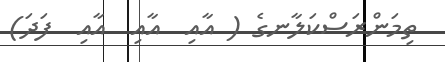
ތިމަންރަސްކަލާނގެ ( އާއި  އާއި  އާއި  ފަދަ)